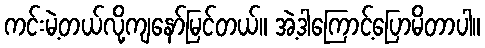
ကင်းမဲ့တယ်လို့ကျနော်မြင်တယ်။ အဲ့ဒါကြောင့်ပြောမိတာပါ။